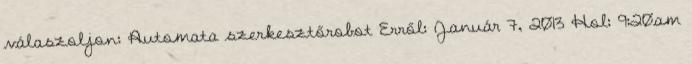
válaszoljon: Automata szerkesztőrobot Erről: Január 7, 2013 Hol: 9:20am